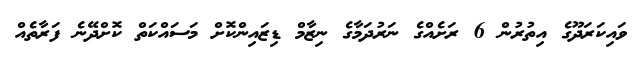
ވައިކަރަދޫގެ އިތުރުން 6 ރަށެއްގެ ނަރުދަމާގެ ނިޒާމް ޑިޒައިންކޮށް މަސައްކަތް ކޮށްދޭނެ ފަރާތެއް